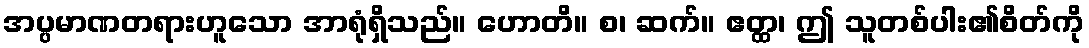
အပ္ပမာဏတရားဟူသော အာရုံရှိသည်။ ဟောတိ။ စ၊ ဆက်။ ဧတ္ထ၊ ဤ သူတစ်ပါး၏စိတ်ကို